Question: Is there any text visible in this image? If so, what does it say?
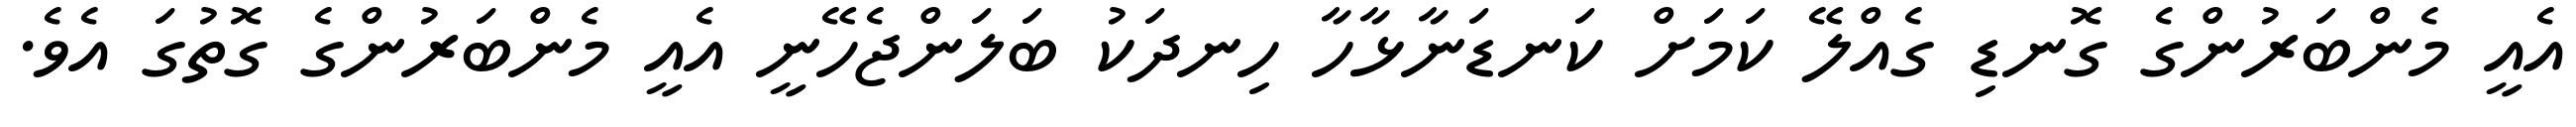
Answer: އެއީ މެންބަރުންގެ ގޮނޑި ގެއްލޭ ކަމަށް ކަނޑަނާޅާހާ ހިނދަކު ބަލަންޖެހޭނީ އެއީ މެންބަރުންގެ ގޮތުގަ އެވެ.